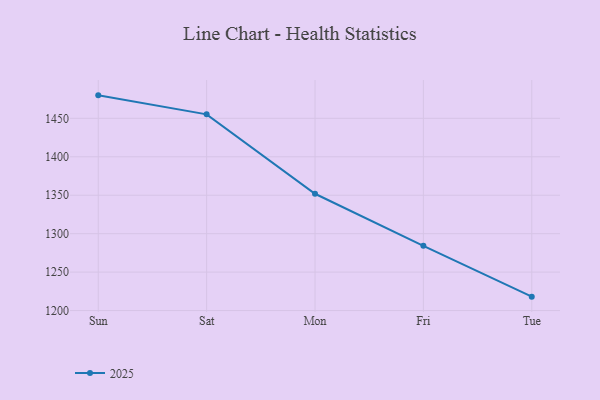
{"axis": {"x": "Day", "y": "Waste Production (Tons)"}, "legend": ["2025"], "data": [{"x": "Sun", "y": 1479.9, "type": "2025"}, {"x": "Sat", "y": 1455.2, "type": "2025"}, {"x": "Mon", "y": 1351.9, "type": "2025"}, {"x": "Fri", "y": 1284.2, "type": "2025"}, {"x": "Tue", "y": 1218.1, "type": "2025"}]}